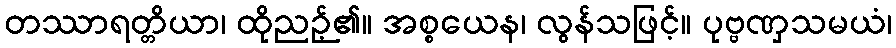
တဿာရတ္တိယာ၊ ထိုညဉ့်၏။ အစ္စယေန၊ လွန်သဖြင့်။ ပုဗ္ဗဏှသမယံ၊